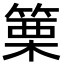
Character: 篥